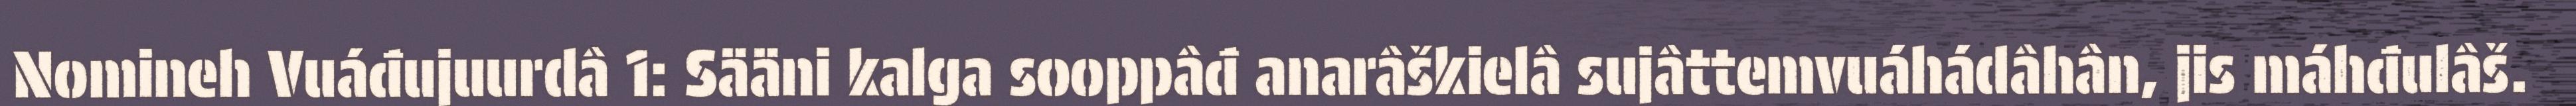
Nomineh Vuáđujuurdâ 1: Sääni kalga sooppâđ anarâškielâ sujâttemvuáhádâhân, jis máhđulâš.